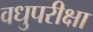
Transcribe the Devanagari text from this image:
वधुपरीक्षा